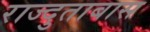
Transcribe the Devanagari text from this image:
राज्दुताबास